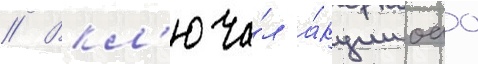
// Вкл'юча́л а́кции оао